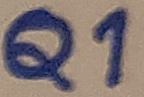
Text: Q1